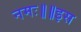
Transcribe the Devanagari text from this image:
नमः॥॥इस